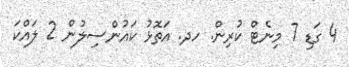
4 ގަޑި 7 މިނެޓް ކުރިން. ހދ. އަތޮޅު ކައުންސިލުން 2 ލައްކަ